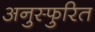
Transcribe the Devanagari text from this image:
अनुस्फुरित